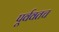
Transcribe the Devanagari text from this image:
पूर्ववतच